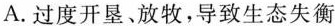
A.过度开垦、放牧，导致生态失衡